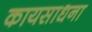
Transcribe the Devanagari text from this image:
कायसाधना